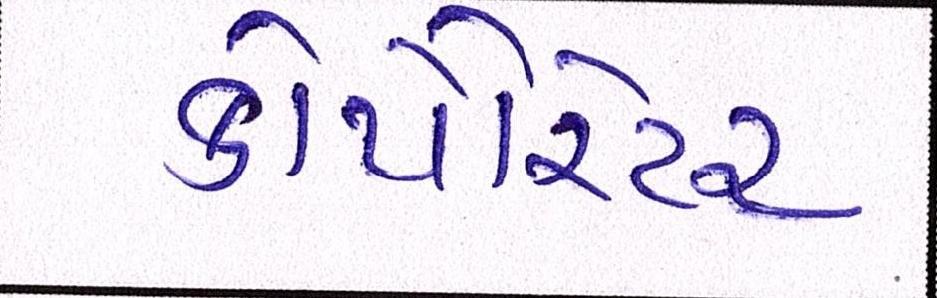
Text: કોર્પોરેટર